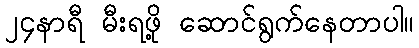
၂၄နာရီ မီးရဖို့ ဆောင်ရွက်နေတာပါ။